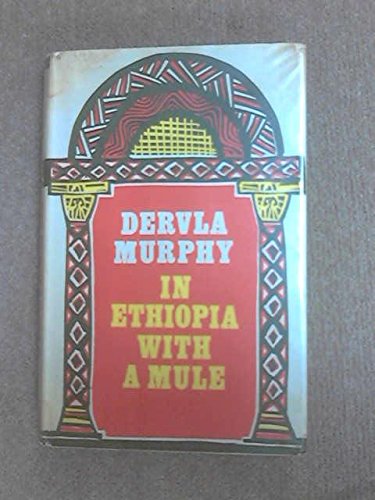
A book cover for In Ethiopia with a Mule; Dervla Murphy; Travel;